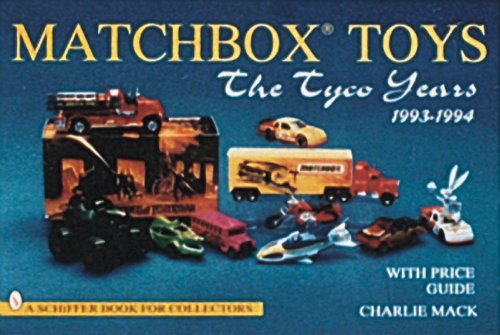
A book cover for Matchbox Toys: The Tyco Years 1993-1994 (A Schiffer Book for Collectors); Charlie MacK; Crafts, Hobbies & Home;